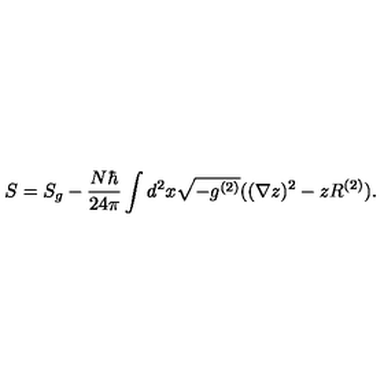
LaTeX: S = S _ { g } - \frac { N \hbar } { 2 4 \pi } \int d ^ { 2 } x \sqrt { - g ^ { ( 2 ) } } ( ( \nabla z ) ^ { 2 } - z R ^ { ( 2 ) } ) .